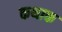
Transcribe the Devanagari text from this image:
कथाक